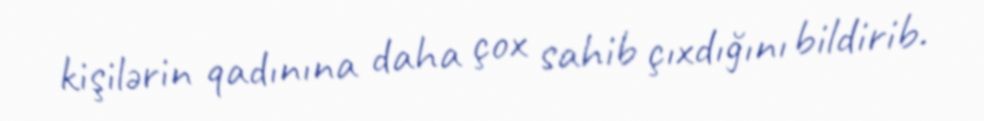
kişilərin qadınına daha çox sahib çıxdığını bildirib.